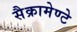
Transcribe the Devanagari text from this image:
सैक्रामेण्टे